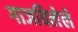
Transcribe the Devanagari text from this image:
गाजविलेले